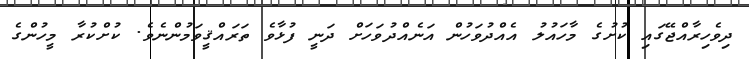
ދިވެހިރާއްޖޭގައި ކުށުގެ މާހައުލު އެއްދުވަހުން އަނެއްދުވަހަށް ދަނީ ފުޅާވެ ތަރައްޤީވަމުންނެވެ. ކުށްކުރާ މީހުންގެ